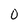
Character: 0